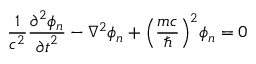
{ \frac { 1 } { { c } ^ { 2 } } } { \frac { { \partial } ^ { 2 } { \phi } _ { n } } { { \partial t } ^ { 2 } } } - { { \nabla } ^ { 2 } { \phi } _ { n } } + { \left( { \frac { m c } { \hbar } } \right) } ^ { 2 } { \phi } _ { n } = 0